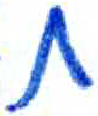
אות: ח